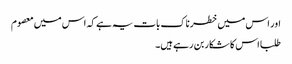
اور اس میں خطرناک بات یہ ہے کہ اس میں معصوم
طلبا اس کا شکار بن رہے ہیں۔